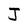
Character: J